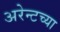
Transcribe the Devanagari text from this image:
अरेन्टच्या